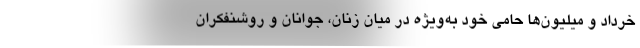
‌خرداد و میلیون‌ها حامی خود به‌ویژه در میان زنان، جوانان و روشنفکران